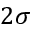
2 \sigma